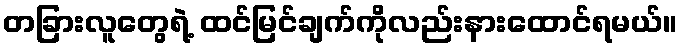
တခြားလူတွေရဲ့ ထင်မြင်ချက်ကိုလည်းနားထောင်ရမယ်။